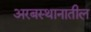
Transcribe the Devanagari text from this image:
अरबस्थानातील